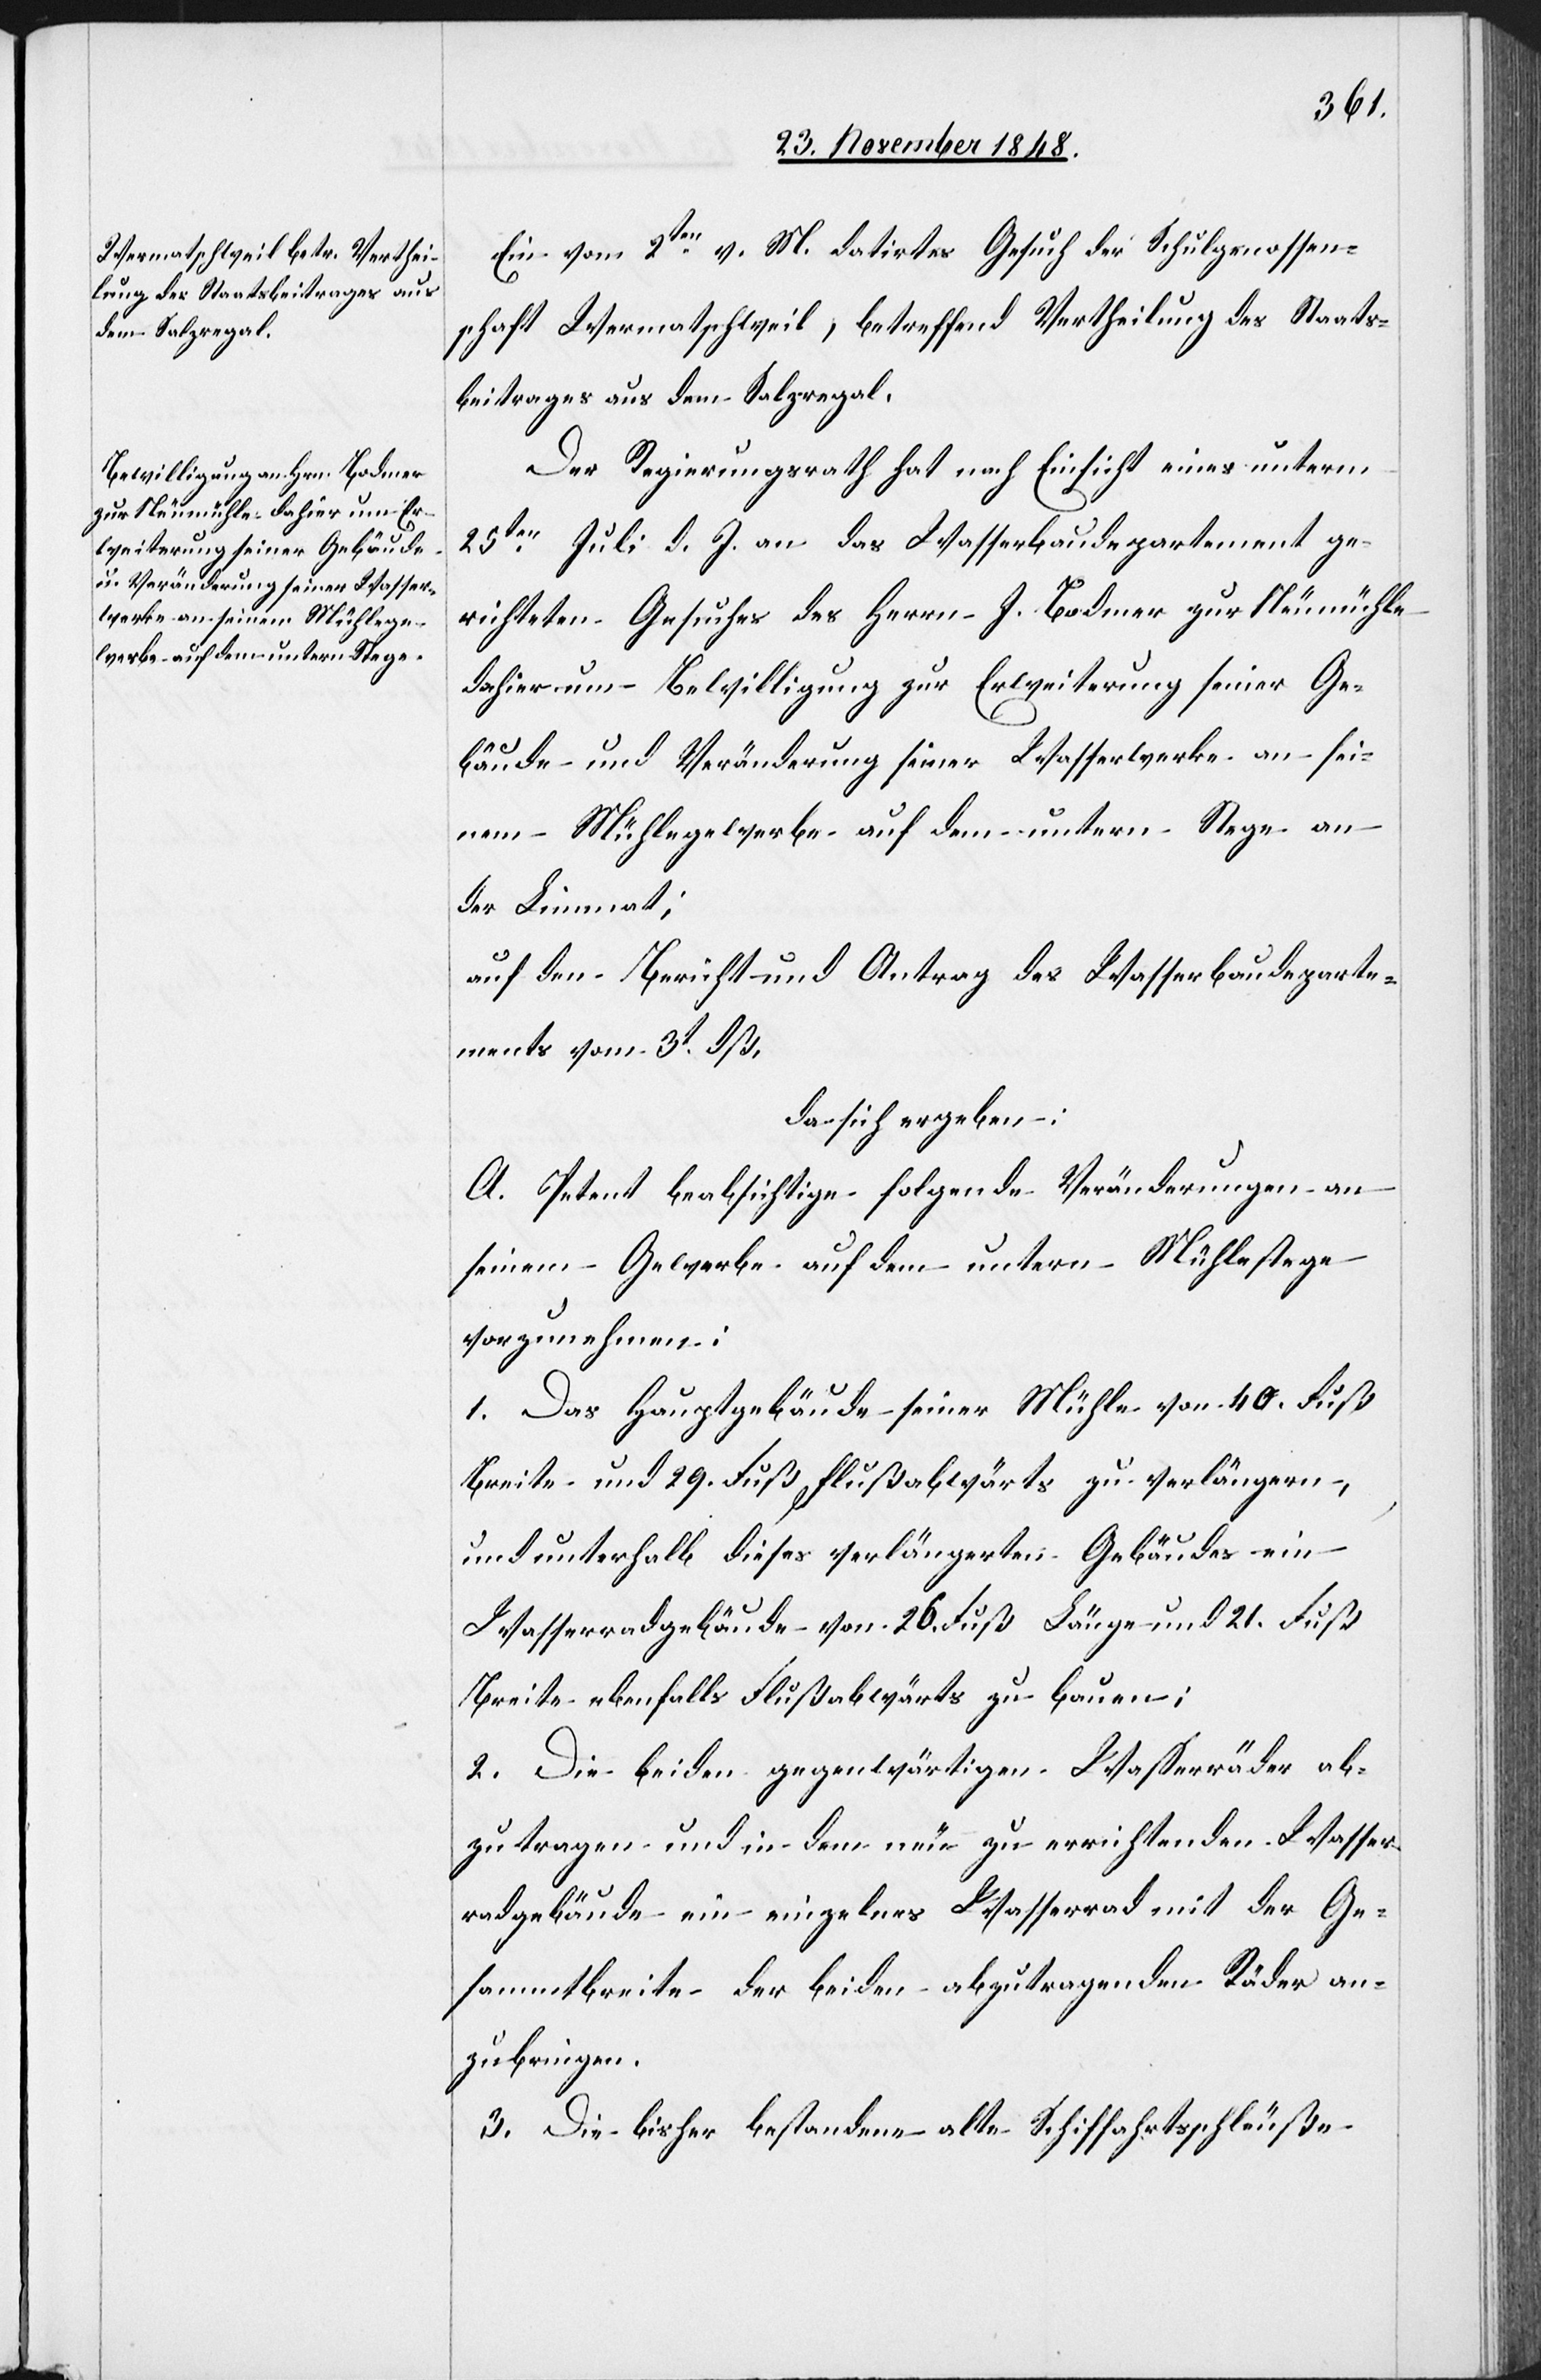
Ein vom 2ten v. M. datirtes Gesuch der Schulgenossen¬
schaft Wermatschweil, betreffend Vertheilung des Staats¬
beitrages aus dem Salzregal.
Der Regierungsrath hat nach Einsicht eines unterm
25ten Juli d. J. an das Wasserbaudepartement ge¬
richteten Gesuches des Herrn J. Bodmer zur Neumühle
dahier um Bewilligung zur Erweiterung seiner Ge¬
bäude und Veränderung seiner Wasserwerke an sei¬
nem Mühlegewerbe auf dem untern Stege an
der Limmat;
auf den Bericht und Antrag des Wasserbaudeparte¬
ments vom 3t dß,
da sich ergeben:
A. Petent beabsichtige folgende Veränderungen an
seinem Gewerbe auf dem untern Mühlestege
vorzunehmen:
1. Das Hauptgebäude seiner Mühle von 40. Fuß
Breite und 29. Fuß flußabwärts zu verlängern,
und unterhalb dieses verlängerten Gebäudes ein
Wasserradgebäude von 26. Fuß Länge und 21. Fuß
Breite ebenfalls Flußabwärts zu bauen;
2. Die beiden gegenwärtigen Wasserräder ab¬
zutragen und in dem neu zu errichtenden Wasser¬
radgebäude ein einzelnes Wasserrad mit der Ge¬
sammtbreite der beiden abzutragenden Räder an¬
zubringen.
3. Die bisher bestandene alte Schiffahrtsschleuße